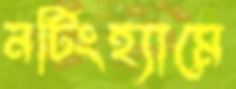
নটিংহ্যামে